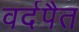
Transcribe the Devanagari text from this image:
वर्दपैत